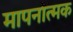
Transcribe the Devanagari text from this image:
मापनात्मक